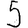
Digit: 5